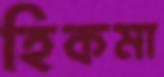
হিকমা